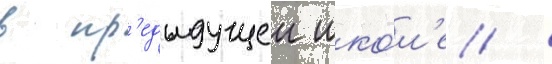
в пр'едыдущеи шко́л'е /